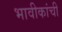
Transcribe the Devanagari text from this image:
भावीकांची